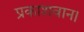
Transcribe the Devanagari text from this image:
प्रकाशवान।